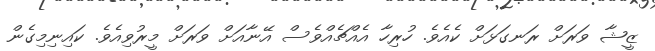
ޒީޝާ ވަރަށް ރަނގަޅަށް ކެއެވެ. ހުރިހާ އެއްޗެއްވެސް އޭނާއަށް ވަރަށް މީރުވިއެވެ. ކައިނިމިގެން